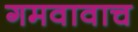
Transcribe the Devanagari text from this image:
गमवावाच